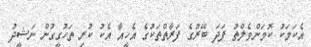
އެކަމަކު ކޮމަންވެލްތު ފަދަ ބޭރުގެ ފަރާތްތަކުގެ އެހީއާ އެކު ކުރި ތަހުގީގުން ނަޝީދު